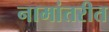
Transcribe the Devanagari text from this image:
नामांतरीत